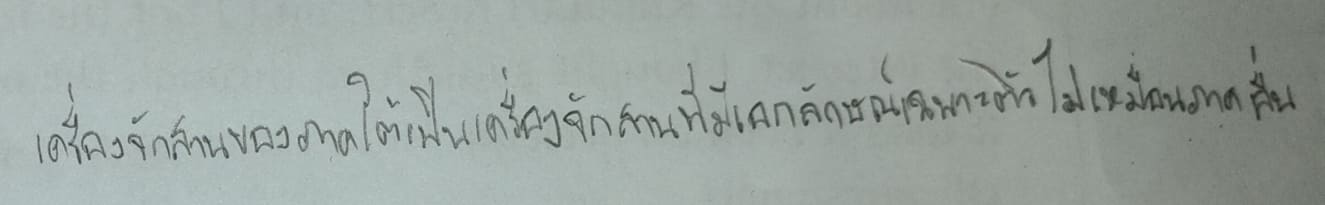
เครื่องจักสานของภาคใต้เป็นเครื่องจักสานที่มีเอกลักษณ์เฉพาะตัวไม่เหมือนภาคอื่น